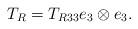
LaTeX: \begin{align*} T_{R} = T_{R 33} e_3 \otimes e_3.\end{align*}